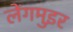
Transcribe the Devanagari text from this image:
लेंगमुइर